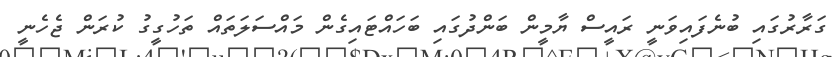
ގަރާރުގައި ބުނެފައިވަނީ ރައީސް ޔާމީން ބަންދުގައި ބަހައްޓައިގެން މައްސަލަތައް ތަހުގީގު ކުރަން ޖެހެނީ